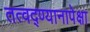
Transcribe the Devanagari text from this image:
तत्वद्ण्यानापेक्षा